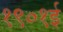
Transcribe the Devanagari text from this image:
१९०१ई